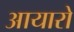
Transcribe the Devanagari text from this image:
आयारो